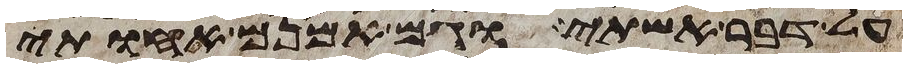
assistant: על דבר אשתי וגם האמנם אחותי